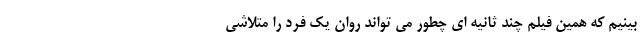
بینیم که همین فیلم چند ثانیه ای چطور می تواند روان یک فرد را متلاشی